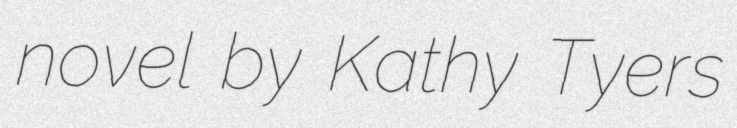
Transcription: novel by Kathy Tyers